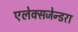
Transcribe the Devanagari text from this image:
एलेक्सजेन्डरा